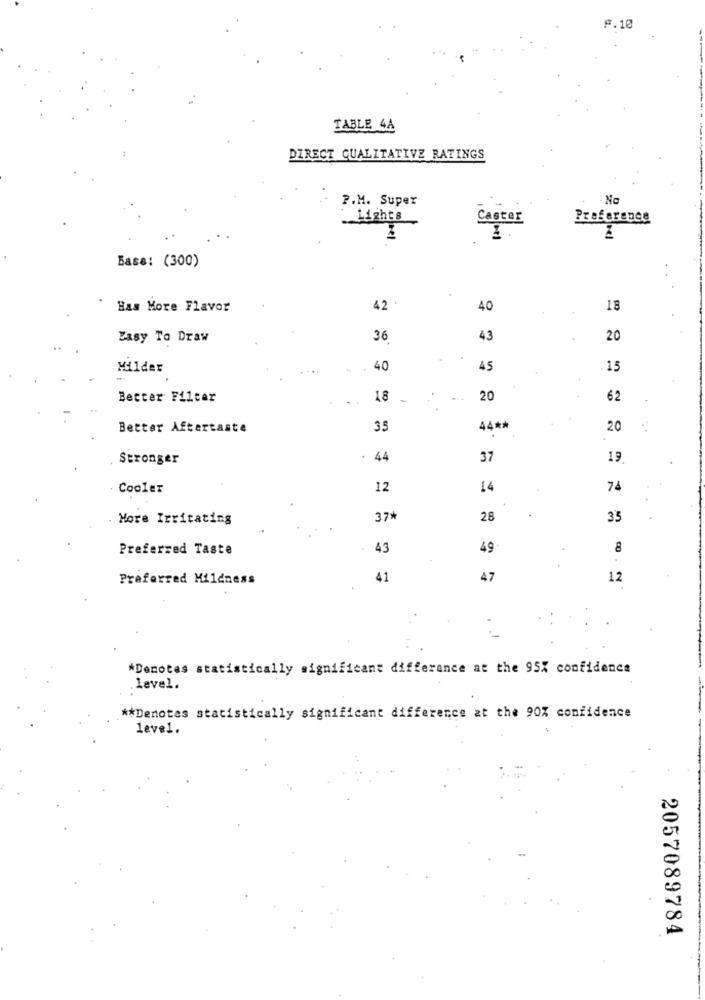
F.10
TABLE 4A
DIRECT QUALITATIVE RATINGS
P.M. Super
No
.. ghts
Caster
Preference
nel
Base: (300)
42 .
Has More Flavor
40
18
Zasy To Draw
36
43
20
Milder
40
45
15
Better Filter
18
20
62
Better Aftertaste
35
44 **
20
Stronger
. 44
37
19
Cooler
12
14
74
More Irritating
37*
28
35
Preferred Taste
43
49
8
Preferred Mildness
41
47
12
*Denotes statistically significant difference at the 95% confidence
level.
** Denotes statistically significant difference at the 90% confidence
leve1.
2057089784